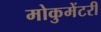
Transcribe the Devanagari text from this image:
मोकुमेंटरी